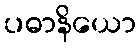
ပဓာနိယော